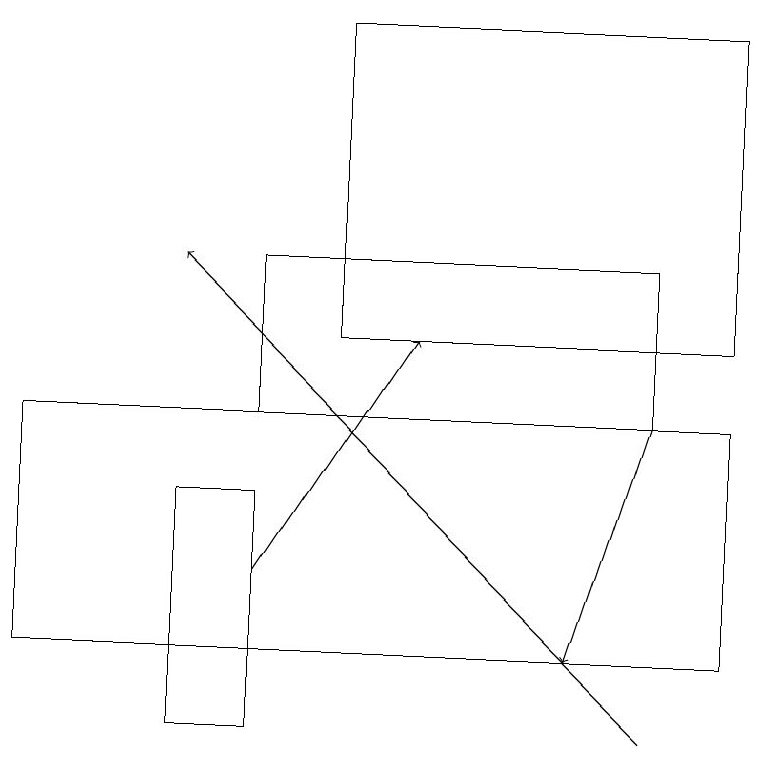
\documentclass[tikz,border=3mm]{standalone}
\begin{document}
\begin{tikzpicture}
\draw (3,10) rectangle (2,13);
\draw (8,16) rectangle (3,14);
\draw (9,19) rectangle (4,15);
\draw[->] (3,12) -- (5,15);
\draw[->] (8,14) -- (7,11);
\draw (0,11) rectangle (9,14);
\draw[->] (8,10) -- (2,16);
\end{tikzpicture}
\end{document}